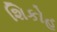
શિકોહ